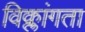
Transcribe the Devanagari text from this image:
विक्लांगता